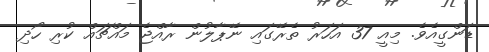
ޑަންގީއެވެ. މިއީ 37 އަހަރު ތެރޭގައި ނޭޕާލުން ރާއްޖެ މައްޗައް ކުރި ހޯދި